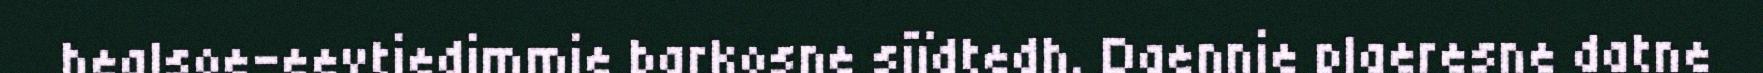
healsoe-eevtiedimmie barkosne sjïdtedh. Daennie plaeresne datne